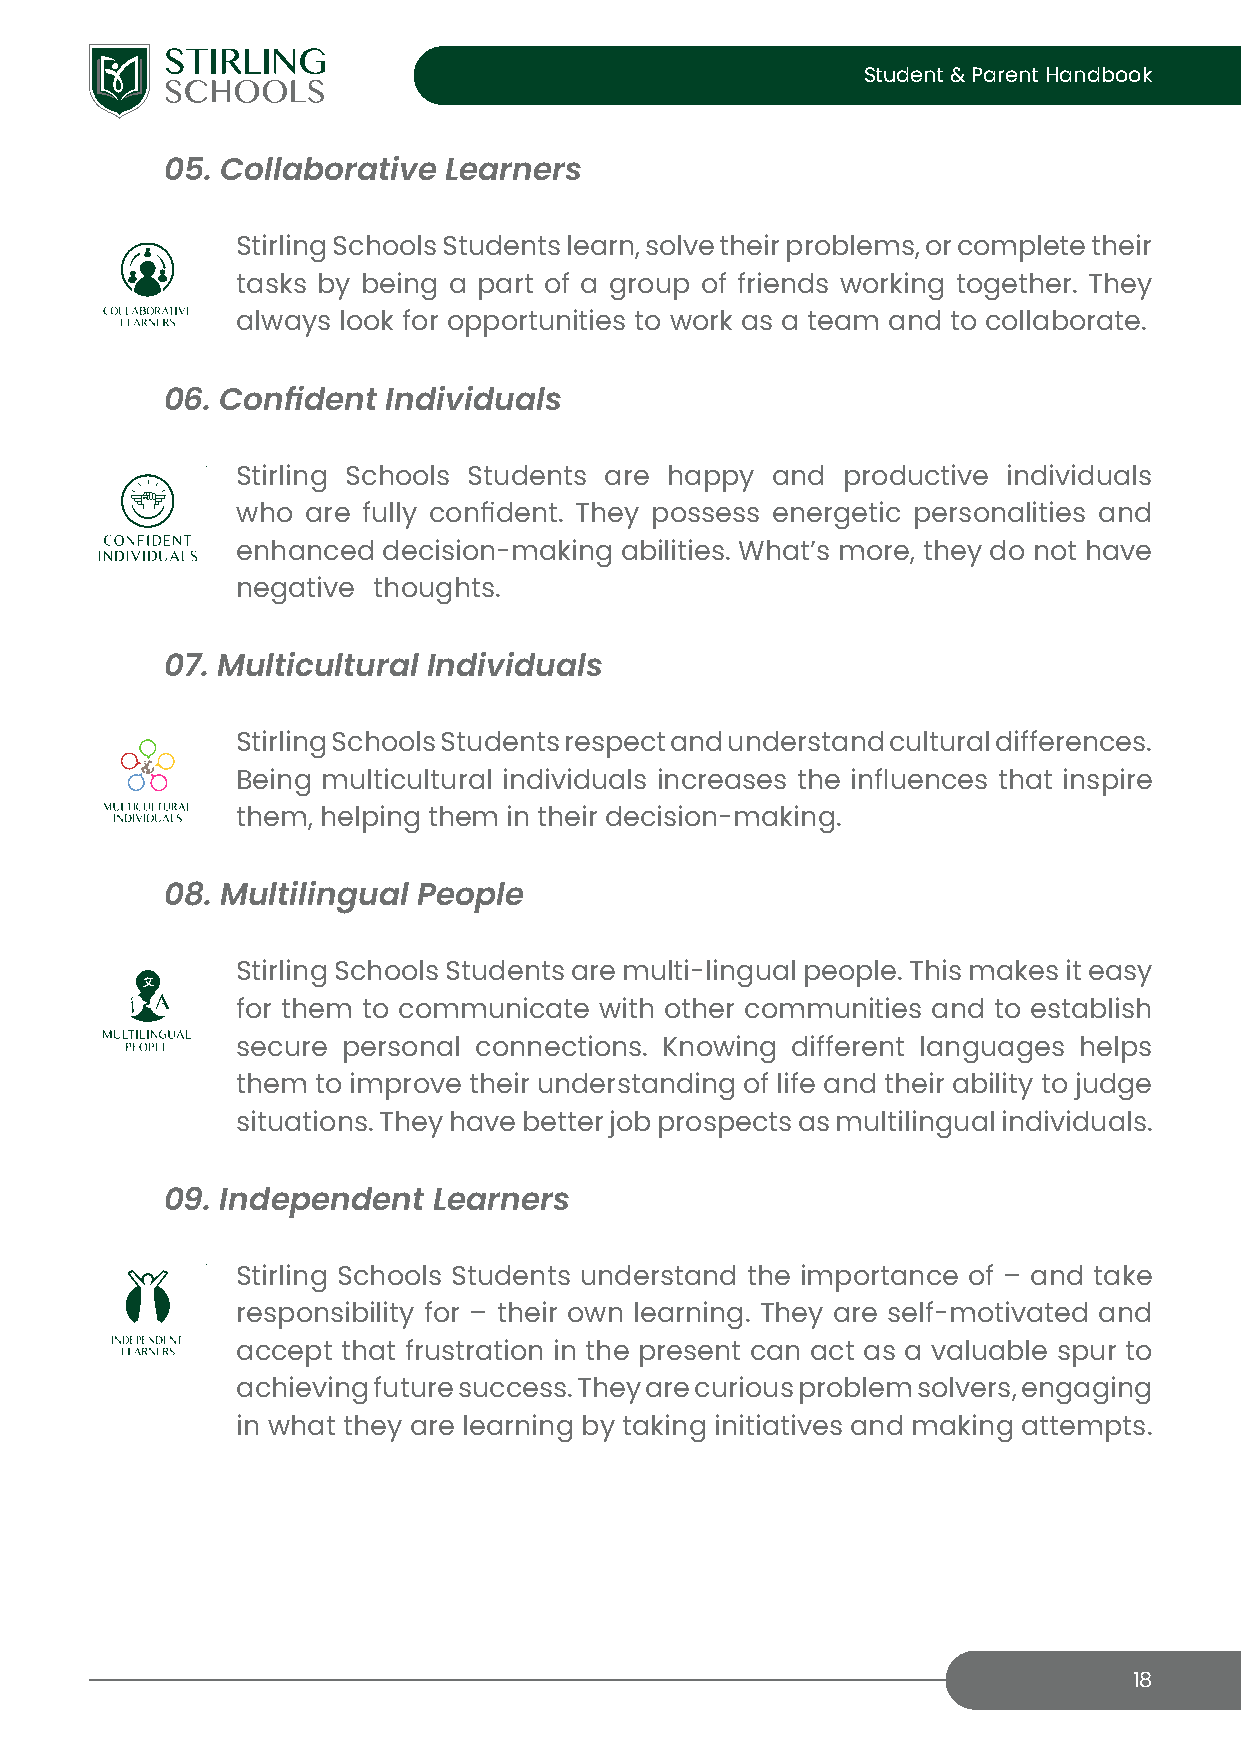
Student & Parent Handbook
 05. Collaborative Learners
 Stirling Schools Students learn, solve their problems, or complete their
 tasks by being a part of a group of friends working together. They
 always look for opportunities to work as a team and to collaborate.
 06. Confident  Individuals
 Stirling Schools Students are happy and productive individuals
 who are fully confident. They possess energetic personalities and
 enhanced decision-making abilities. What’s more, they do not have
 negative thoughts.
 07. Multicultural Individuals
 Stirling Schools Students respect and understand cultural differences.
 Being multicultural individuals increases the influences that inspire
 them, helping them in their decision-making.
 08. Multilingual People
 Stirling Schools Students are multi-lingual people. This makes it easy
 for them to communicate with other communities and to establish
 secure personal connections. Knowing different languages helps
 them to improve their understanding of life and their ability to judge
 situations. They have better job prospects as multilingual individuals.
 09. Independent   Learners
 Stirling Schools Students understand the importance of – and take
 responsibility for – their own learning. They are self-motivated and
 accept that frustration in the present can act as a valuable spur to
 achieving future success. They are curious problem solvers, engaging
 in what they are learning by taking initiatives and making attempts.
 18